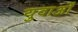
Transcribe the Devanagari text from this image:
युवाअों